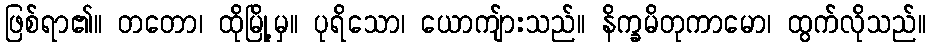
ဖြစ်ရာ၏။ တတော၊ ထိုမြို့မှ။ ပုရိသော၊ ယောကျ်ားသည်။ နိက္ခမိတုကာမော၊ ထွက်လိုသည်။